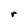
Character: r